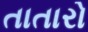
તાતારો